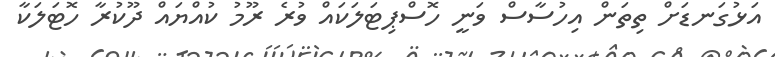
އަޅުގަނޑަށް ތިތަން އިހުސާސް ވަނީ ހޮސްޕިޓަލަކައް ވުރެ ރޫމު ކުއްޔައް ދޫކުރާ ހޮޓަލަކާ